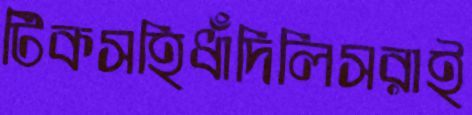
টিকসহিধাঁদিলিসরাই